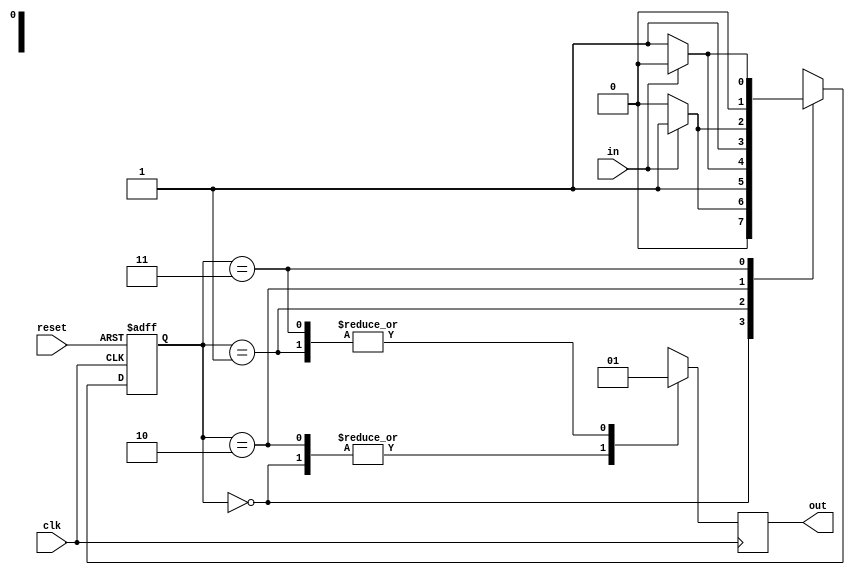
module MealyStateMachine (
    input clk,
    input reset,
    input in,
    output reg out
);

// Define states
parameter S0 = 2'b00;
parameter S1 = 2'b01;
parameter S2 = 2'b10;
parameter S3 = 2'b11;

// Define state reg
reg [1:0] state;

always @ (posedge clk or posedge reset) begin
    if (reset) begin
        state <= S0;
    end else begin
        case (state)
            S0: begin
                if (in) begin
                    state <= S1;
                end else begin
                    state <= S0;
                end
            end
            S1: begin
                if (in) begin
                    state <= S2;
                end else begin
                    state <= S3;
                end
            end
            S2: begin
                if (in) begin
                    state <= S3;
                end else begin
                    state <= S2;
                end
            end
            S3: begin
                if (in) begin
                    state <= S0;
                end else begin
                    state <= S1;
                end
            end
        endcase
    end
end

always @ (posedge clk) begin
    case (state)
        S0: out <= 1'b0;
        S1: out <= 1'b1;
        S2: out <= 1'b0;
        S3: out <= 1'b1;
    endcase
end

endmodule